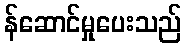
န်ဆောင်မှုပေးသည်